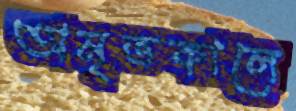
অমৃতকালে